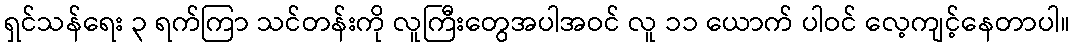
ရှင်သန်ရေး ၃ ရက်ကြာ သင်တန်းကို လူကြီးတွေအပါအဝင် လူ ၁၁ ယောက် ပါဝင် လေ့ကျင့်နေတာပါ။